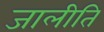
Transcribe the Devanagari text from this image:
जालीति